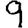
Digit: 9